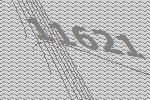
11621